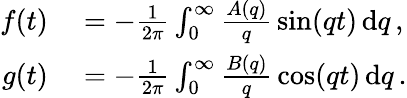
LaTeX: \begin{array}{rl}{f(t)}&{{}=-\frac{1}{2\pi}\int_{0}^{\infty}\frac{A(q)}{q}\, \sin(qt)\, \mathrm{d}q\, ,}\\ {g(t)}&{{}=-\frac{1}{2\pi}\int_{0}^{\infty}\frac{B(q)}{q}\, \cos(qt)\, \mathrm{d}q\, .}\end{array}